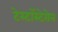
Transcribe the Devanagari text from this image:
टेस्टॉस्टेरोन